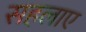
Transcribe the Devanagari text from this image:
सहलाए